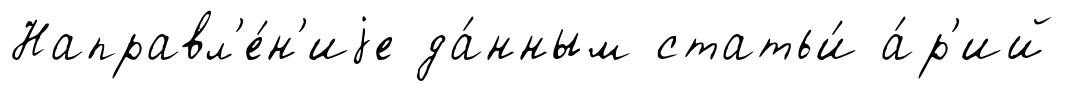
Направл'е́н'иjе да́нным статьи́ а́р'ий